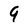
Character: 9